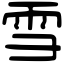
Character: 雪